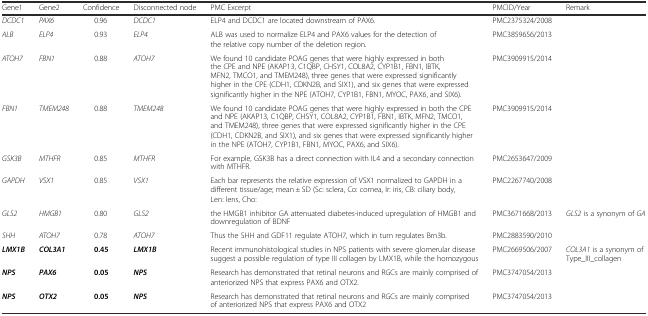
<table><thead><tr><td><b>Gene1</b></td><td><b>Gene2</b></td><td><b>Confidence</b></td><td><b>Disconnected node</b></td><td><b>PMC Excerpt</b></td><td><b>PMCID/Year</b></td><td><b>Remark</b></td></tr></thead><tbody><tr><td><i>DCDC1</i></td><td><i>PAX6</i></td><td>0.96</td><td><i>DCDC1</i></td><td>ELP4 and DCDC1 are located downstream of PAX6.</td><td>PMC2375324/2008</td><td></td></tr><tr><td><i>ALB</i></td><td><i>ELP4</i></td><td>0.93</td><td><i>ELP4</i></td><td>ALB was used to normalize ELP4 and PAX6 values for the detection of the relative copy number of the deletion region.</td><td>PMC3859656/2013</td><td></td></tr><tr><td><i>ATOH7</i></td><td><i>FBN1</i></td><td>0.88</td><td><i>ATOH7</i></td><td>We found 10 candidate POAG genes that were highly expressed in both the CPE and NPE (AKAP13, C1QBP, CHSY1, COL8A2, CYP1B1, FBN1, IBTK, MFN2, TMCO1, and TMEM248), three genes that were expressed significantly higher in the CPE (CDH1, CDKN2B, and SIX1), and six genes that were expressed significantly higher in the NPE (ATOH7, CYP1B1, FBN1, MYOC, PAX6, and SIX6).</td><td>PMC3909915/2014</td><td></td></tr><tr><td><i>FBN1</i></td><td><i>TMEM248</i></td><td>0.88</td><td><i>TMEM248</i></td><td>We found 10 candidate POAG genes that were highly expressed in both the CPE and NPE (AKAP13, C1QBP, CHSY1, COL8A2, CYP1B1, FBN1, IBTK, MFN2, TMCO1, and TMEM248), three genes that were expressed significantly higher in the CPE (CDH1, CDKN2B, and SIX1), and six genes that were expressed significantly higher in the NPE (ATOH7, CYP1B1, FBN1, MYOC, PAX6, and SIX6).</td><td>PMC3909915/2014</td><td></td></tr><tr><td><i>GSK3B</i></td><td><i>MTHFR</i></td><td>0.85</td><td><i>MTHFR</i></td><td>For example, GSK3B has a direct connection with IL4 and a secondary connection with MTHFR.</td><td>PMC2653647/2009</td><td></td></tr><tr><td><i>GAPDH</i></td><td><i>VSX1</i></td><td>0.85</td><td><i>VSX1</i></td><td>Each bar represents the relative expression of VSX1 normalized to GAPDH in a different tissue/age; mean ± SD (Sc: sclera, Co: cornea, Ir: iris, CB: ciliary body, Len: lens, Cho:</td><td>PMC2267740/2008</td><td></td></tr><tr><td><i>GLS2</i></td><td><i>HMGB1</i></td><td>0.80</td><td><i>GLS2</i></td><td>the HMGB1 inhibitor GA attenuated diabetes-induced upregulation of HMGB1 and downregulation of BDNF</td><td>PMC3671668/2013</td><td><i>GLS2</i> is a synonym of <i>GA</i></td></tr><tr><td><i>SHH</i></td><td><i>ATOH7</i></td><td>0.78</td><td><i>ATOH7</i></td><td>Thus the SHH and GDF11 regulate ATOH7, which in turn regulates Brn3b.</td><td>PMC2883590/2010</td><td></td></tr><tr><td><b><i>LMX1B</i></b></td><td><b><i>COL3A1</i></b></td><td><b>0.45</b></td><td><b><i>LMX1B</i></b></td><td>Recent immunohistological studies in NPS patients with severe glomerular disease suggest a possible regulation of type III collagen by LMX1B, while the homozygous</td><td>PMC2669506/2007</td><td><i>COL3A1</i> is a synonym of Type_III_collagen</td></tr><tr><td><b><i>NPS</i></b></td><td><b><i>PAX6</i></b></td><td><b>0.05</b></td><td><b><i>NPS</i></b></td><td>Research has demonstrated that retinal neurons and RGCs are mainly comprised of anteriorized NPS that express PAX6 and OTX2.</td><td>PMC3747054/2013</td><td></td></tr><tr><td><b><i>NPS</i></b></td><td><b><i>OTX2</i></b></td><td><b>0.05</b></td><td><b><i>NPS</i></b></td><td>Research has demonstrated that retinal neurons and RGCs are mainly comprised of anteriorized NPS that express PAX6 and OTX2</td><td>PMC3747054/2013</td><td></td></tr></tbody></table>